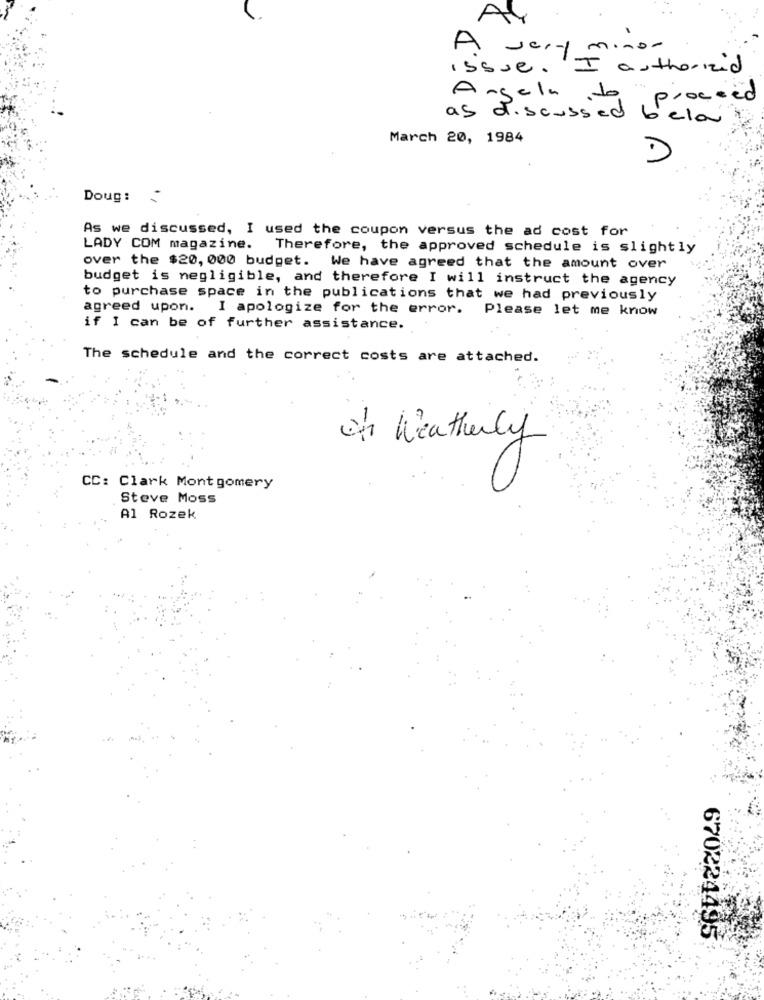
AY
A very minor
issue. I authorized
A
gelato
proceed
as discussed below
March 20, 1984
Doug:
As we discussed, I used the coupon versus the ad cost for
LADY COM magazine. Therefore, the approved schedule is slightly
over the $20, 000 budget. We have agreed that the amount over
budget is negligible, and therefore I will instruct the agency
to purchase space in the publications that we had previously
agreed upon. I apologize for the error. Please let me know
if I can be of further assistance.
The schedule and the correct costs are attached.
in Weatherly
CC: Clark Montgomery
Steve Moss
Al Rozek
670224495